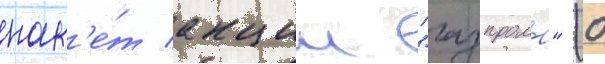
пак'е́т акции "газпрома" (0